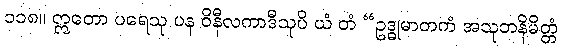
၁၁၈။ ဣတော ပရေသု ပန ဝိနီလကာဒီသုပိ ယံ တံ “ဥဒ္ဓုမာတကံ အသုဘနိမိတ္တံ